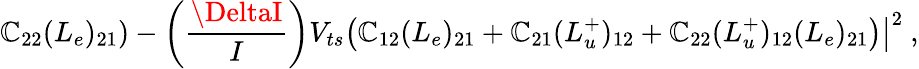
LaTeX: \left.\mathbb{C}_{22}(L_{e})_{21}\right)-\left(\frac{{\DeltaI}}{{I}}\right)V_{ts}\left(\mathbb{C}_{12}(L_{e})_{21}+\mathbb{C}_{21}(L_{u}^{+})_{12}+\left.\mathbb{C}_{22}(L_{u}^{+})_{12}(L_{e})_{21}\right)\right|^{2}~,